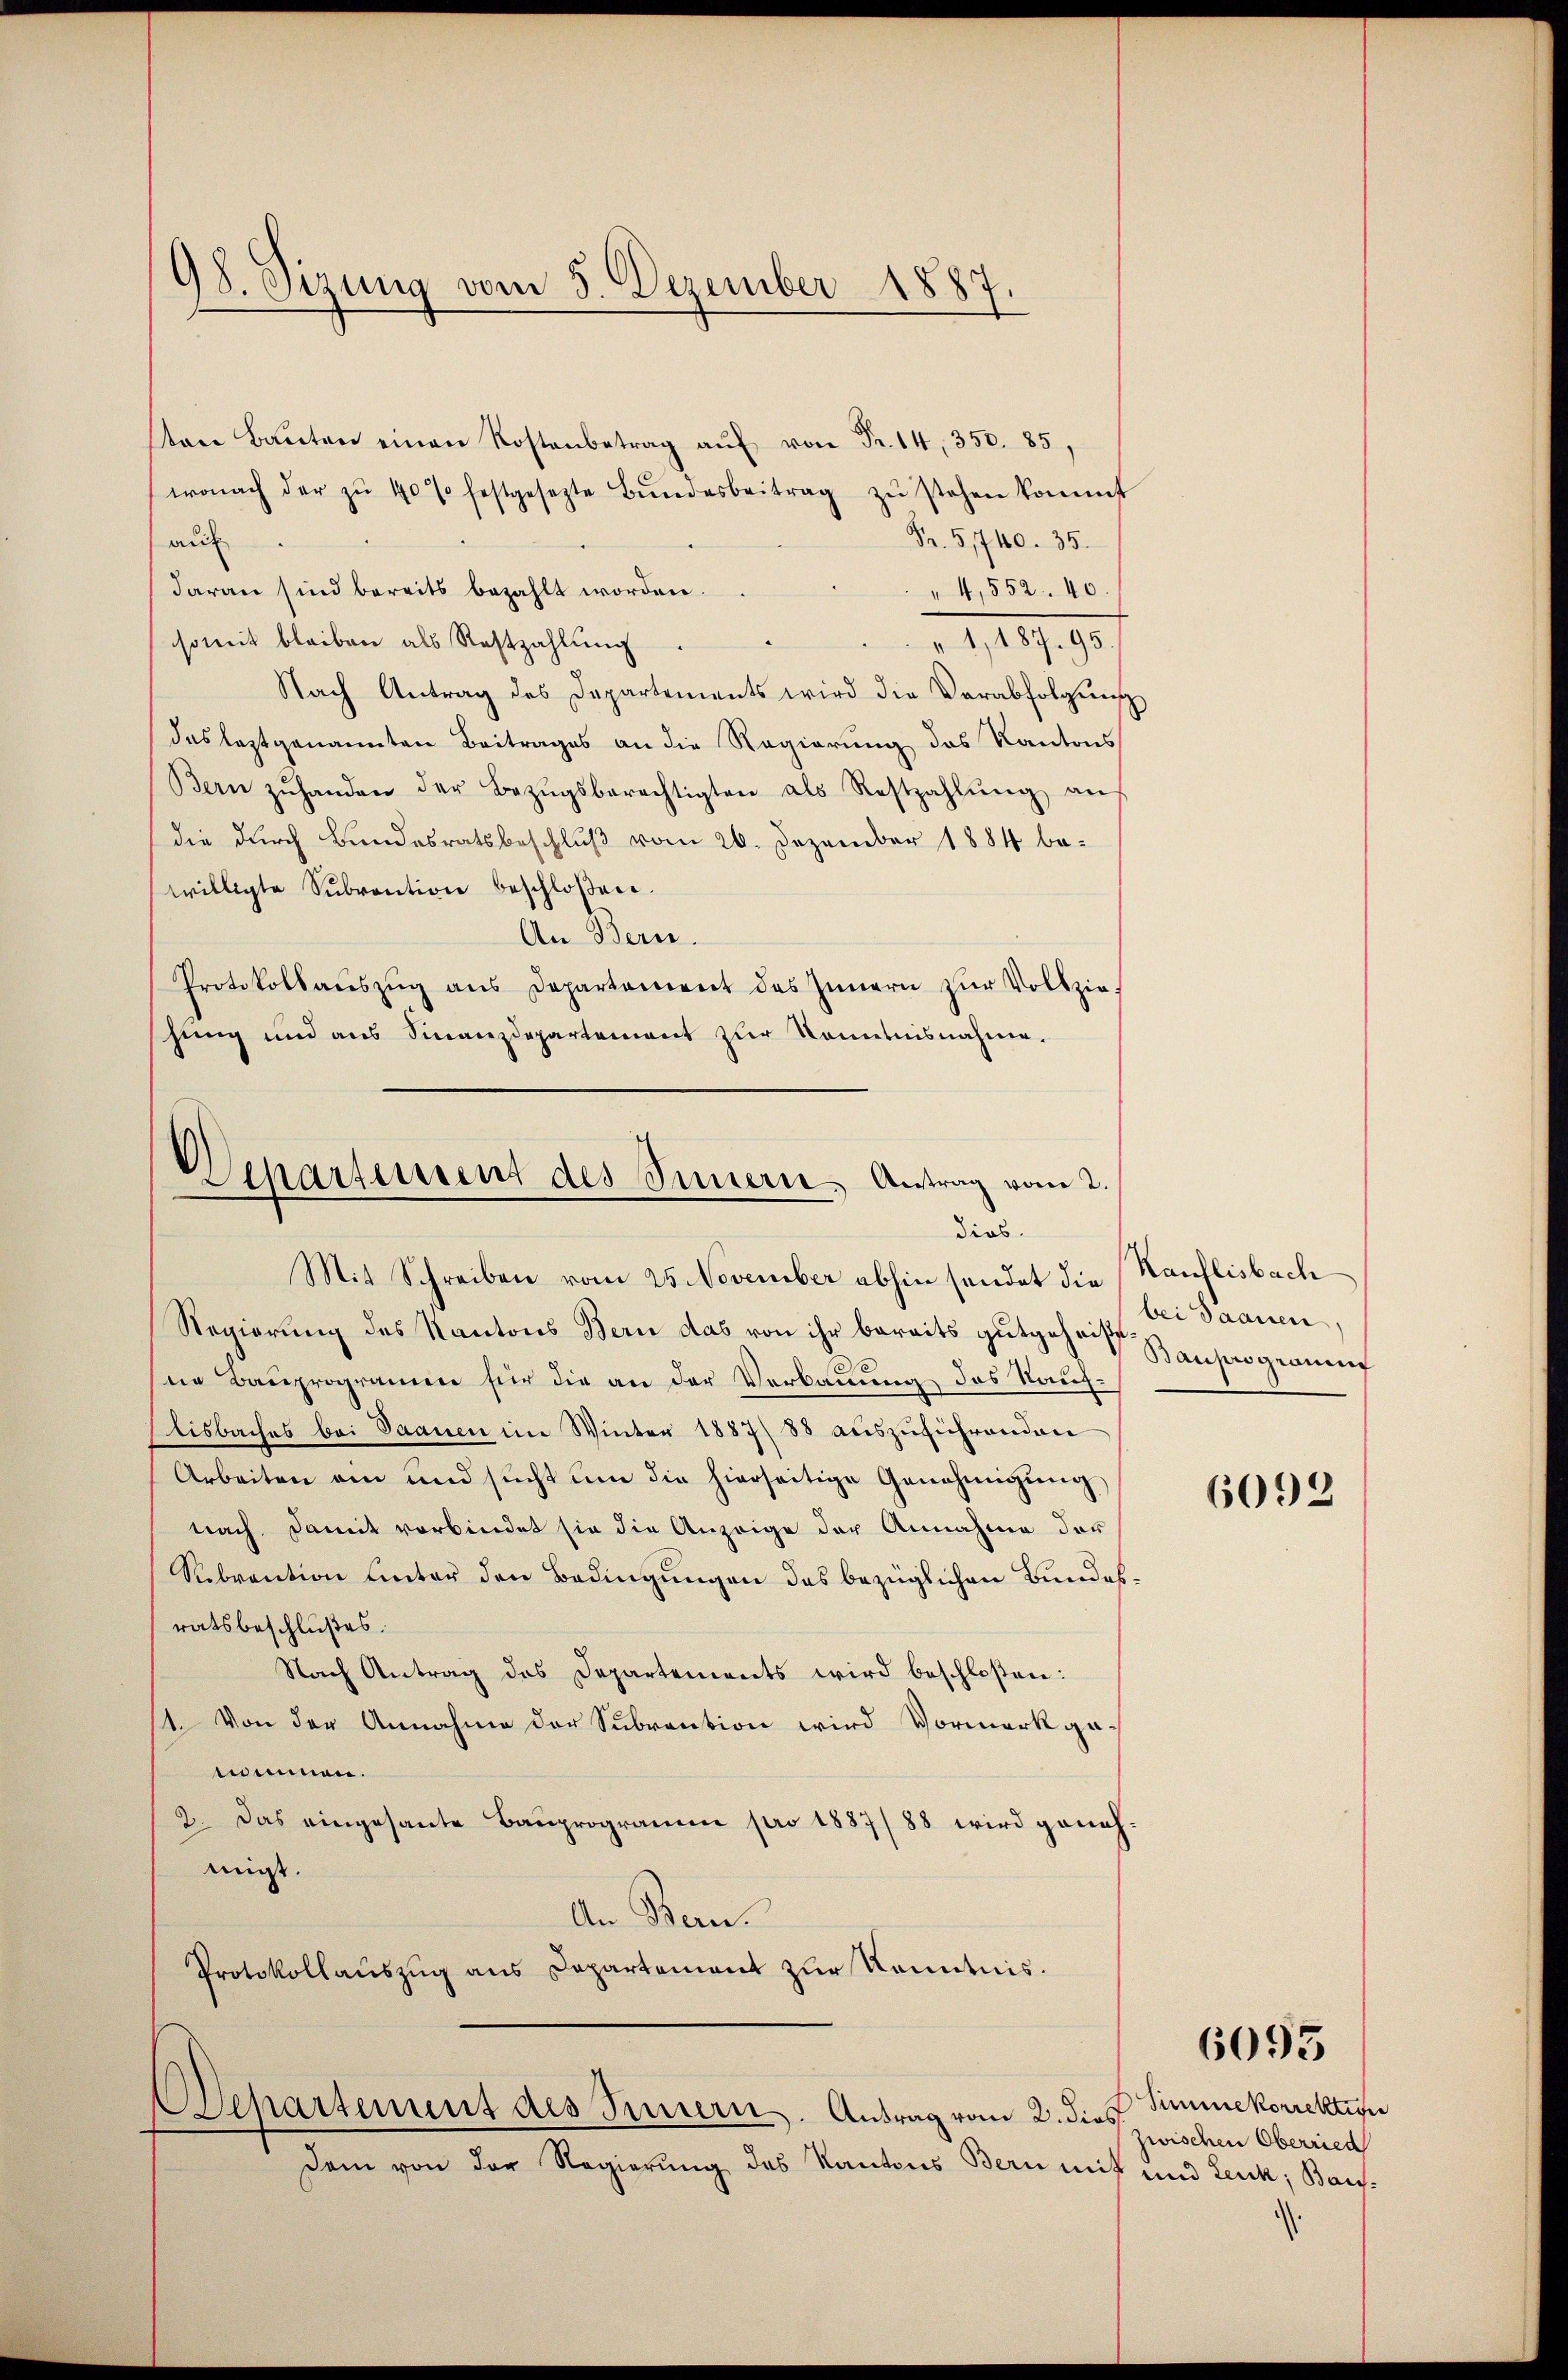
an Ba
wonach der zŭ 40% festgesezte Bŭndesbeitrag zŭ stehen kommt
Fr. 5740. 35.
au
daran sind bereits bezahlt worden.
4,552. 40
"1,187. 95.
somit bleiben als Restzahlung
Nach Antrag des Departements wird die Verabfolgŭng
das leztgenannten Beitrages an die Regierung des Kantons
Bern zŭ handen der Bezŭgsberechtigten als Restzahlŭng an
die durch Bundesratsbeschluß vom 26. Dezember 1884 be-
willigte Sŭbvention beschloßen:
An Bern.
Protokollaŭszŭg aŭs Departement des Innern zŭr Vollziehung und aus Sinanzdepartement zur Kometnisnahme.

98. Sizung vom 5. Dezember 1887.

Departement des Innern, Antrag vom 2.
dios.
Mit Schreiben vom 25. November abhin sendet die Kauflisbach

Regierung des Kantons Bern das von ihr bereits gutgeheisse anhergerung
ne Bauprogramen für die an der Verbauung des Kauf-
lisbaches bei Saanen im Winter 1887, 88 aŭszŭführenden
Arbeiten am und sucht um die hierseitige Genehmigung
nach. Damit verbindet sie die Anzeige der Annahme der
Subvention unter den Bedingungen das bezüglichen Bundesratsbeschlußes.
Nach Antrag des Departements wird beschloßen:
14. Von der Annahme der Subrention wird Vormerk genommen.
2. Das eingesante Bauprogramm pro 1887/88 wird genehmigt.
An Bern.
Protokollauszug aus Departement zur Kenntnis.

Separtement des Innern. Antrag vom 2. dies

Dem von der Regierung des Kantons Bern mit und Leuk; Bau¬

bei Saanen,

6092

6095

Simmekorrektion
zwischen Oberried

)